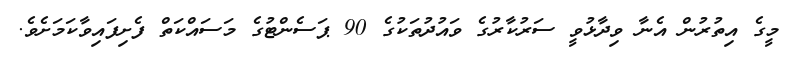
މީގެ އިތުރުން އެނާ ވިދާޅުވީ ސަރުކާރުގެ ވައުދުތަކުގެ 90 ޕަސެންޓުގެ މަސައްކަތް ފެށިފައިވާކަމަށެވެ.